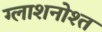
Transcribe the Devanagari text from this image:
ग्लाशनोश्त